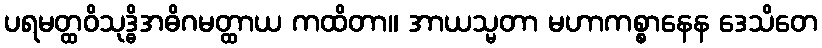
ပရမတ္ထဝိသုဒ္ဓိအဓိဂမတ္ထာယ ကထိတာ။ အာယသ္မတာ မဟာကစ္စာနေန ဒေသိတေ